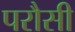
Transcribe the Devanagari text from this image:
परौसी